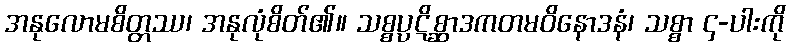
အနုလောမစိတ္တဿ၊ အနုလုံစိတ်၏။ သစ္စပ္ပဋိစ္ဆာဒကတမဝိနောဒနံ၊ သစ္စာ ၄-ပါးကို